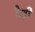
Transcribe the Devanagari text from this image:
मैथ्री